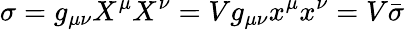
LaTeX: \sigma=g_{\mu\nu}X^{\mu}X^{\nu}=Vg_{\mu\nu}x^{\mu}x^{\nu}=V{\bar{\sigma}}